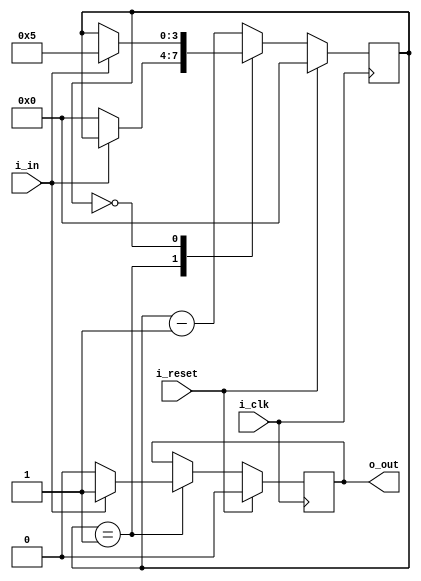
module delay2(i_clk, i_reset,
	i_in, o_out);

parameter N = 5;

input wire i_clk;
input wire i_reset;
input wire i_in;
output reg o_out;

reg [$clog2(N):0] count;

always @(posedge i_clk) begin
	if (i_reset) begin
		o_out <= 0;
		count <= 0;
	end else case (count)
	default:
		count <= count - 1;
	1:
		begin
			if (~i_in) begin
				count <= 0;
				o_out <= 0;
			end else
				o_out <= 1;
		end
	0:
		if (i_in) begin
			count <= N;
		end
	endcase
end
endmodule